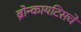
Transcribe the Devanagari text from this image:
ब्रोन्कायटिसचे